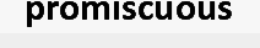
promiscuous